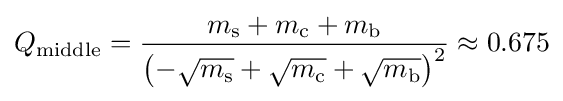
Q_{\text{middle}}={\frac {m_{\text{s}}+m_{\text{c}}+m_{\text{b}}}{\left(-{\sqrt {m_{\text{s}}}}+{\sqrt {m_{\text{c}}}}+{\sqrt {m_{\text{b}}}}\right)^{2}}}\approx 0.675